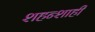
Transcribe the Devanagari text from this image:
शहन्शाही